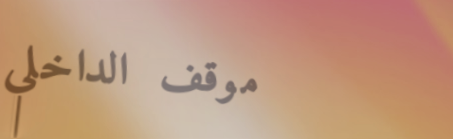
موقف الداخلي